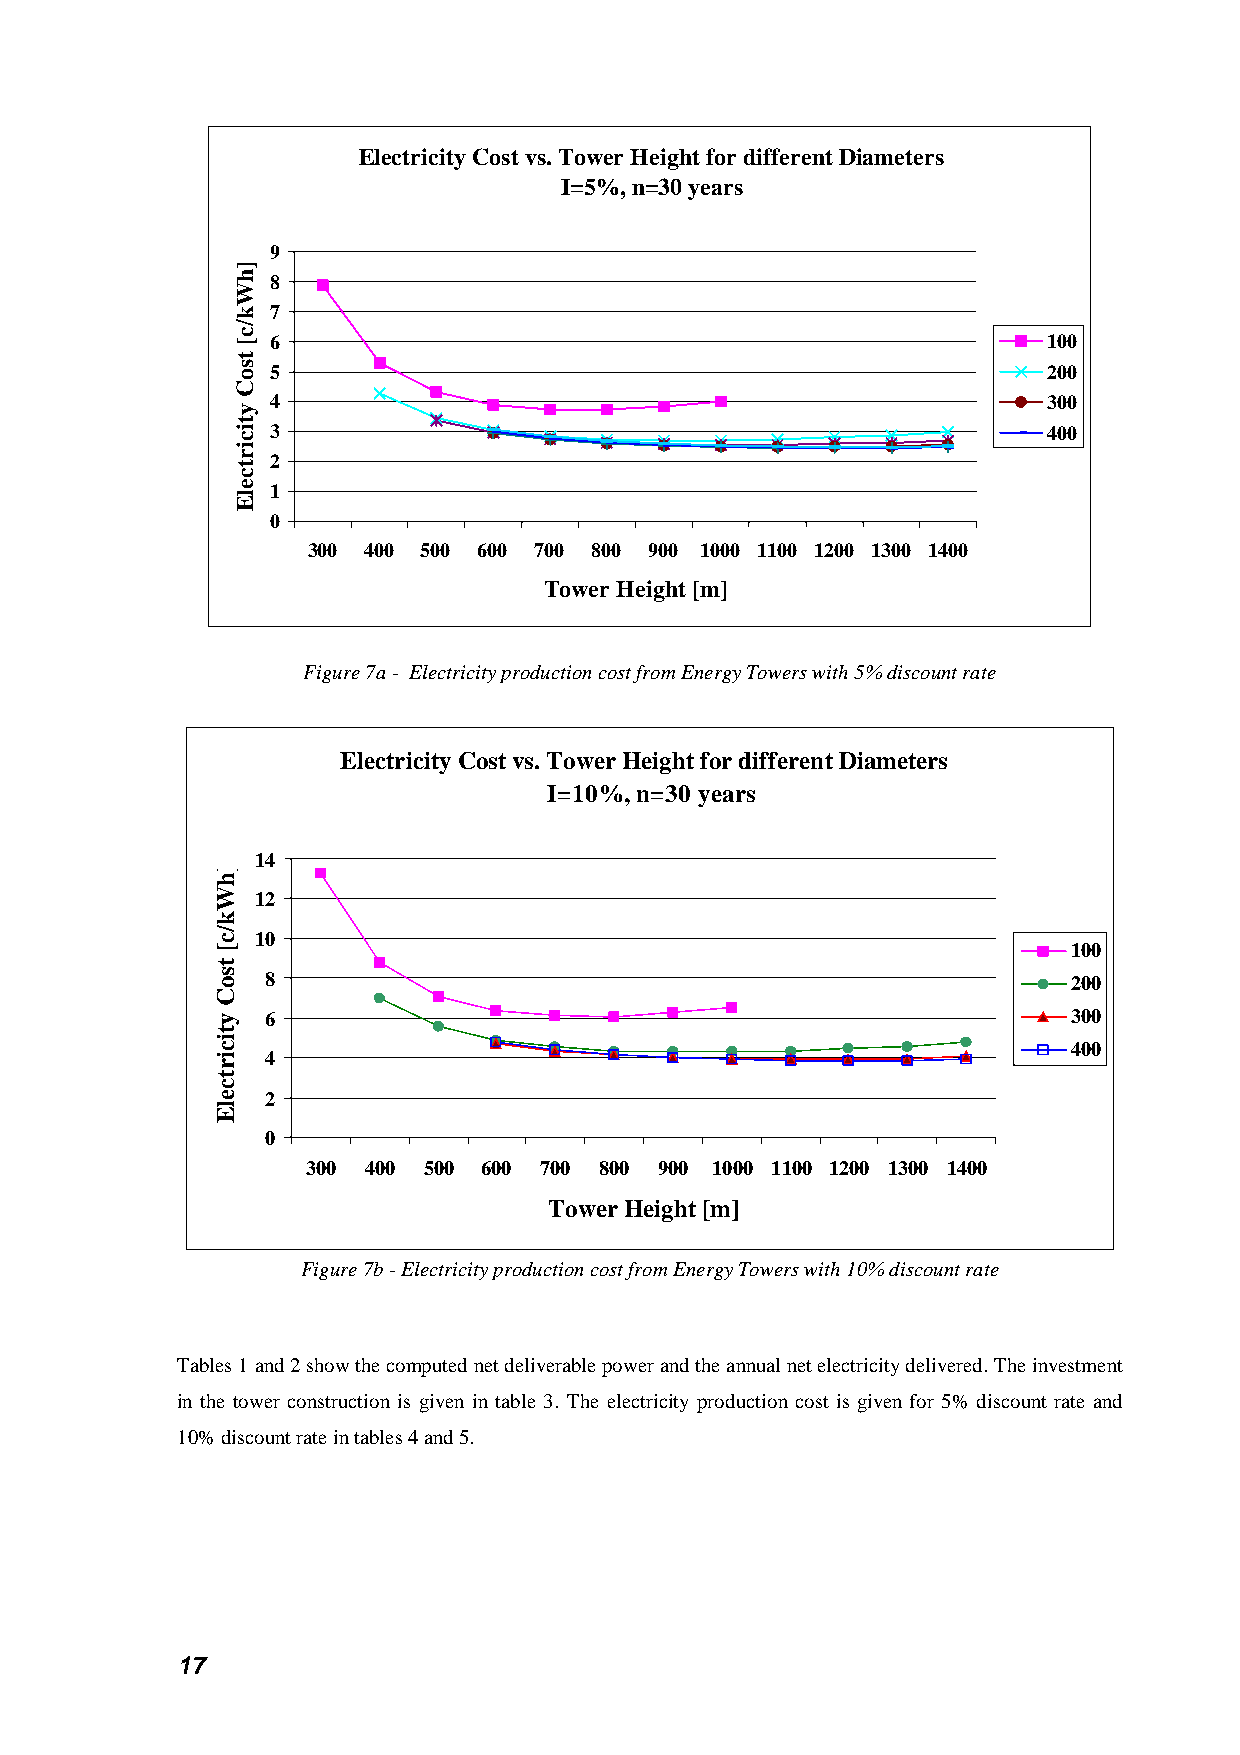
Electricity Cost vs. Tower Height for different Diameters
 I=5%, n=30 years
 9
 8
 7
 6                                                  100
 5                                                  200
 4                                                  300
 3                                                  400
 2
 1
 0
 300 400 500 600 700 800 900 1000 1100 1200 1300 1400
 Tower Height [m]
 Figure 7a - Electricity production cost from Energy Towers with 5% discount rate
 Electricity Cost vs. Tower Height for different Diameters
 I=10%, n=30 years
 14
 12
 10
 100
 8                                                    200
 6                                                    300
 400
 4
 2
 0
 300 400 500 600 700 800 900 1000 1100 1200 1300 1400
 Tower Height [m]
 Figure 7b - Electricity production cost from Energy Towers with 10% discount rate
 Tables 1 and 2 show the computed net deliverable power and the annual net electricity delivered. The investment
 in the tower construction is given in table 3. The electricity production cost is given for 5% discount rate and
 10% discount rate in tables 4 and 5.
 17
 ]hWk/c[
 tsoC
 yticirtcelE
 ]hWk/c[
 tsoC
 yticirtcelE